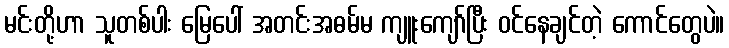
မင်းတို့ဟာ သူတစ်ပါး မြေပေါ် အတင်းအဓမ်မ ကျူးကျော်ပြီး ဝင်နေချင်တဲ့ ကောင်တွေပဲ။